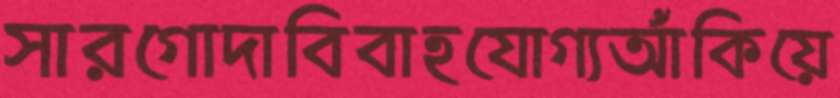
সারগোদাবিবাহযোগ্যআঁকিয়ে